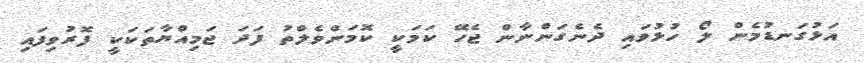
އަޅުގަނޑުމެން ލޯ ހުޅުވައި ދެނެގަންނާން ޖެހޭ ކަމަކީ ކޮމަންވެލްތު ފަދަ ޖަމިއްޔާތަކަކީ ފޮރުވިފައި